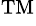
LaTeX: ^\mathrm{{TM}}